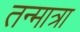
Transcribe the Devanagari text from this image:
तन्मात्रा